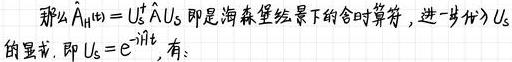
那么$\hat{A}_{H(t)} = U_{S}^{\dagger} \hat{A} U_{S}$即是海森堡绘景下的含时算符，进一步代入$U_{S}$的显式，即$U_{S}=e^{-i \hat{H}_{0} t}$，有：